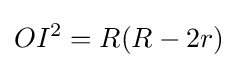
OI^{2}=R(R-2r)